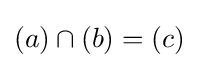
(a)\cap (b)=(c)